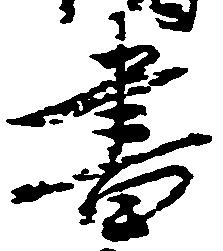
書